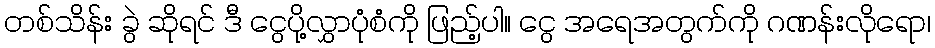
တစ်သိန်း ခွဲ ဆိုရင် ဒီ ငွေပို့လွှာပုံစံကို ဖြည့်ပါ။ ငွေ အရေအတွက်ကို ဂဏန်းလိုရော၊